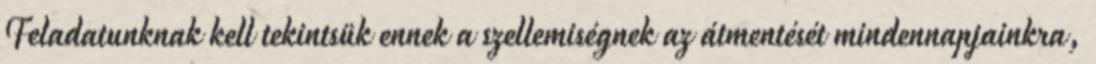
Feladatunknak kell tekintsük ennek a szellemiségnek az átmentését mindennapjainkra,